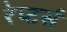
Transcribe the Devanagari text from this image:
रेप्‍टर्स